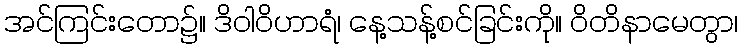
အင်ကြင်းတော၌။ ဒိဝါဝိဟာရံ၊ နေ့သန့်စင်ခြင်းကို။ ဝိတိနာမေတွာ၊